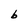
Character: b